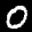
Label: 0